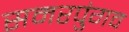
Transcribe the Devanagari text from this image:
समरपुंगव